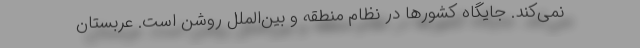
نمی‌کند. جایگاه کشورها در نظام منطقه و بین‌الملل روشن است. عربستان